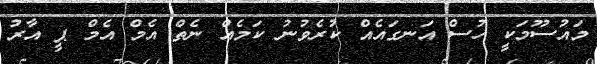
މައުސޫމަކީ ހުސް އަނގައެއް ކުރެވުނު ކަމެއް ނެތް އެމް އެމް ޕީ އާރު